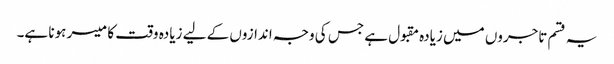
یہ قسم تاجروں میں زیادہ مقبول ہے جس کی وجہ اندازوں کے لیے زیادہ وقت کا میسر ہونا ہے۔